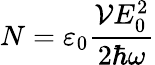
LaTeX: N=\varepsilon_{0}\frac{{\cal{V}}E_{0}^{2}}{2\hbar\omega}